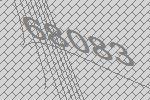
68083